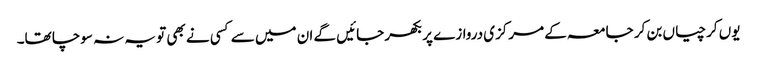
یوں کرچیاں بن کر جامعہ کے مرکزی دروازے پر بکھر جائیں گے ان میں سے کسی نے بھی تو یہ نہ سوچا تھا۔